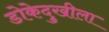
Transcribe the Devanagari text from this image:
डोकेदुखीला